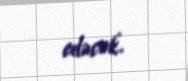
edəcək.